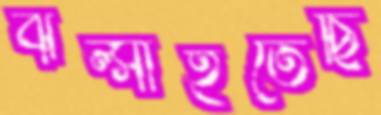
ঝল্‌সাইতেছি